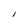
Character: l